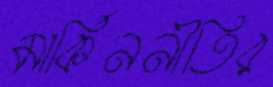
মার্কিননীতির